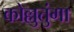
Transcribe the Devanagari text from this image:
कोल्लुतुंगा